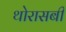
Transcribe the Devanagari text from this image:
थोरासबी